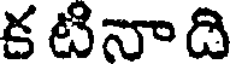
క టినా ది